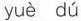
yuè dú